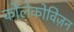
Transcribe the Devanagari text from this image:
कोलेकोविज़न